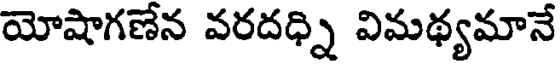
యోషాగణేన వరదధ్ని విమథ్యమానే